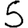
Digit: 5